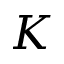
K